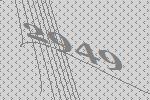
2949